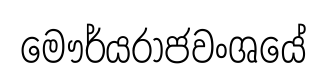
මෞර්යරාජවංශයේ